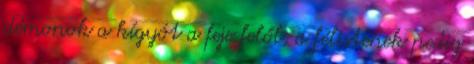
démonok a kígyót a feje felől, a félistenek pedig